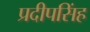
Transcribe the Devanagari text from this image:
प्रदीपसिंह